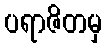
ပရာဇိတမှ